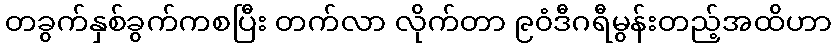
တခွက်နှစ်ခွက်ကစပြီး တက်လာ လိုက်တာ ၉၀ံဒီဂရီမွန်းတည့်အထိဟာ